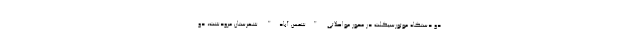
دو دستگاه موتورسیکلت در محور مواصلاتی "شمس آباد" شهرستان مرودشت، دو